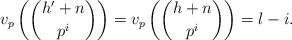
LaTeX: \begin{align*} v_p\left(\binom{h'+n}{p^i}\right)=v_p\left(\binom{h+n}{p^i}\right)=l-i.\end{align*}